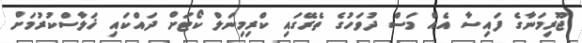
ޖޫރިމަނާގެ ފައިސާ އެއް މަސް ދުވަހުގެ ތެރޭގައި ކްރިމިނަލް ކޯޓަށް ދައްކައި ޚަލާސްކުރުމަށް